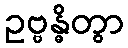
ဥဗ္ဗန္ဓိတွာ